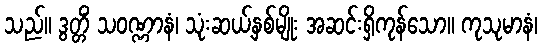
သည်။ ဒွတ္တိံ သဝဏ္ဏာနံ၊ သုံးဆယ့်နှစ်မျိုး အဆင်းရှိကုန်သော။ ကုသုမာနံ၊